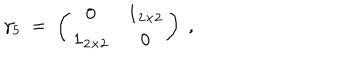
LaTeX: \gamma _ { 5 } \; = \; \left( \begin{array} { c c } { { 0 } } & { { { \mathbf 1 } _ { 2 \times 2 } } } \\ { { { \mathbf 1 } _ { 2 \times 2 } } } & { { 0 } } \\ \end{array} \right) \; ,